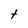
Character: t